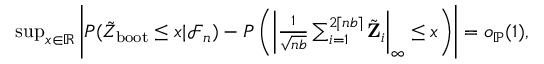
\begin{array} { r } { \operatorname* { s u p } _ { x \in \mathbb R } \left| P ( \tilde { Z } _ { \mathrm { b o o t } } \leq x | \mathcal { F } _ { n } ) - P \left( \left| \frac { 1 } { \sqrt { n b } } \sum _ { i = 1 } ^ { 2 \lceil n b \rceil } \tilde { \mathbf Z } _ { i } \right| _ { \infty } \leq x \right) \right| = o _ { \mathbb { P } } ( 1 ) , } \end{array}